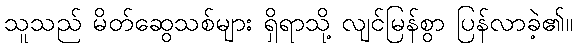
သူသည် မိတ်ဆွေသစ်များ ရှိရာသို့ လျင်မြန်စွာ ပြန်လာခဲ့၏။